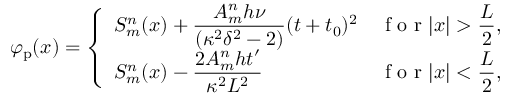
\varphi _ { \mathrm { p } } ( x ) = \left\{ \begin{array} { l l } { \displaystyle S _ { m } ^ { n } ( x ) + \frac { A _ { m } ^ { n } h \nu } { ( \kappa ^ { 2 } \delta ^ { 2 } - 2 ) } ( t + t _ { 0 } ) ^ { 2 } } & { \displaystyle \textrm { f o r } | x | > \frac { L } { 2 } , } \\ { \displaystyle S _ { m } ^ { n } ( x ) - \frac { 2 A _ { m } ^ { n } h t ^ { \prime } } { \kappa ^ { 2 } L ^ { 2 } } } & { \displaystyle \textrm { f o r } | x | < \frac { L } { 2 } , } \end{array} \right.